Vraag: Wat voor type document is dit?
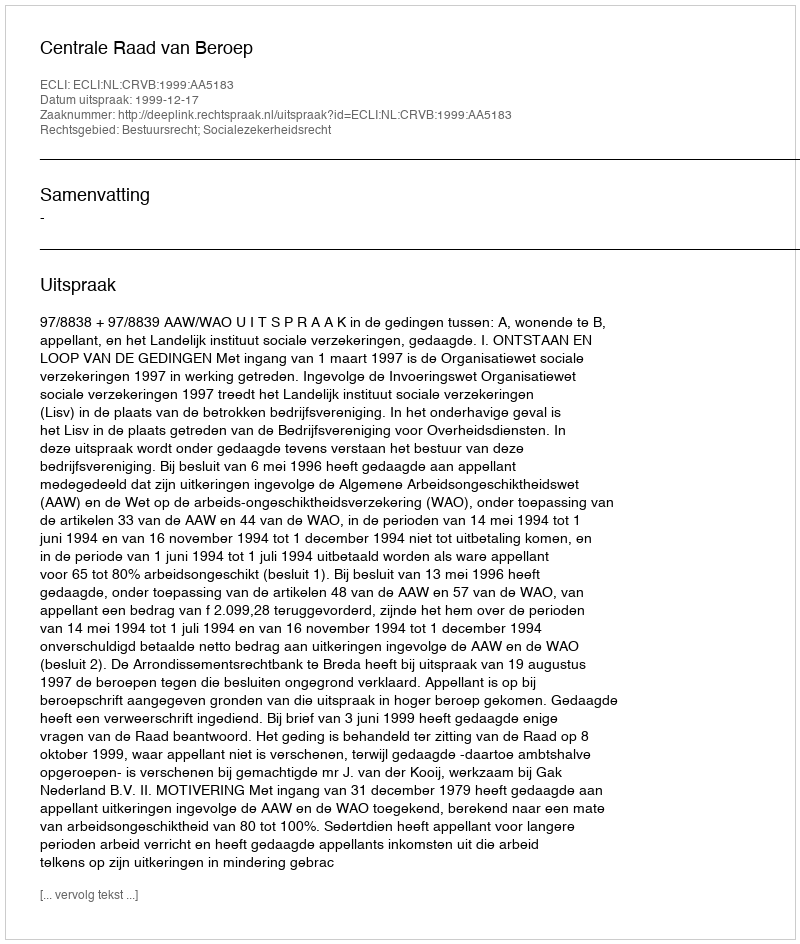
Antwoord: Uitspraak